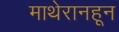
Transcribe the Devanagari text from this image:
माथेरानहून